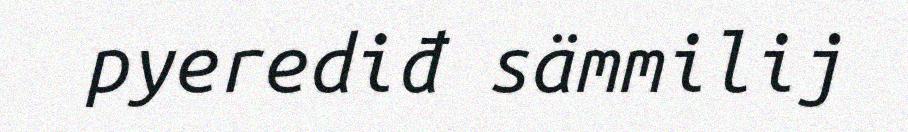
pyerediđ sämmilij